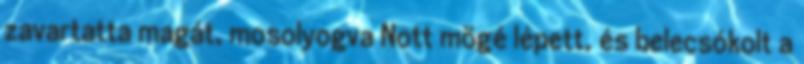
zavartatta magát, mosolyogva Nott mögé lépett, és belecsókolt a